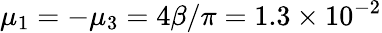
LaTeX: \mu_{1}=-\mu_{3}=4\beta/\pi=1.3\times 10^{-2}